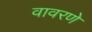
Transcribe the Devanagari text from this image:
वावरणे